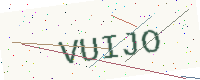
Text: VUIJO